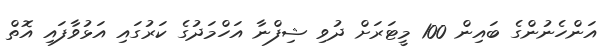
އަންހެނުންގެ ބައިން 100 މީޓަރަށް ދުވި ޝިފްނާ އަހްމަދުގެ ކަރުގައި އަޅުވާފައި އޮތް